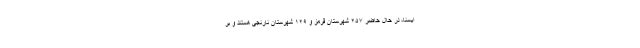
ایسنا، در حال حاضر ۲۵۷ شهرستان قرمز و ۱۲۹ شهرستان نارنجی هستند و بر